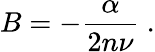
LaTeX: B=-\frac{\alpha}{2n\nu}~.